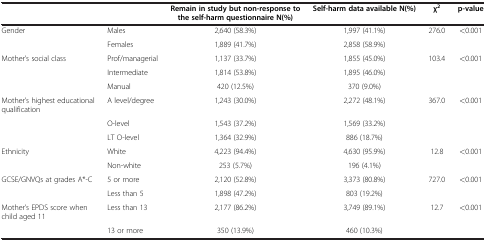
|  |  | Remain in study but non-response to the self-harm questionnaire N(%) | Self-harm data available N(%) | χ2 | p-value |
 | --- | --- | --- | --- | --- | --- |
 | Gender | Males | 2,640 (58.3%) | 1,997 (41.1%) | 276.0 | <0.001 |
 |  | Females | 1,889 (41.7%) | 2,858 (58.9%) |  |  |
 | Mother’s social class | Prof/managerial | 1,137 (33.7%) | 1,855 (45.0%) | 103.4 | <0.001 |
 |  | Intermediate | 1,814 (53.8%) | 1,895 (46.0%) |  |  |
 |  | Manual | 420 (12.5%) | 370 (9.0%) |  |  |
 | Mother’s highest educational qualification | A level/degree | 1,243 (30.0%) | 2,272 (48.1%) | 367.0 | <0.001 |
 |  | O-level | 1,543 (37.2%) | 1,569 (33.2%) |  |  |
 |  | LT O-level | 1,364 (32.9%) | 886 (18.7%) |  |  |
 | Ethnicity | White | 4,223 (94.4%) | 4,630 (95.9%) | 12.8 | <0.001 |
 |  | Non-white | 253 (5.7%) | 196 (4.1%) |  |  |
 | GCSE/GNVQs at grades A*-C | 5 or more | 2,120 (52.8%) | 3,373 (80.8%) | 727.0 | <0.001 |
 |  | Less than 5 | 1,898 (47.2%) | 803 (19.2%) |  |  |
 | Mother’s EPDS score when child aged 11 | Less than 13 | 2,177 (86.2%) | 3,749 (89.1%) | 12.7 | <0.001 |
 |  | 13 or more | 350 (13.9%) | 460 (10.3%) |  |  |